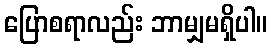
ပြောစရာလည်း ဘာမျှမရှိပါ။